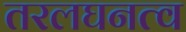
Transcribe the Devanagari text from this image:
तरलघनत्व